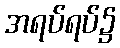
အရပ်ရပ်၌